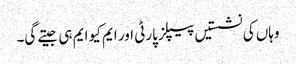
وہاں کی نشستیں پیپلز پارٹی اور ایم کیو ایم ہی جیتے گی۔